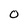
Character: 0